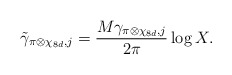
\begin{align*} \tilde{\gamma}_{\pi \otimes \chi_{8d}, j}= \frac{M\gamma_{\pi \otimes \chi_{8d}, j}}{2 \pi} \log X.\end{align*}